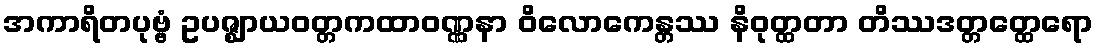
အကာရိတပုဗ္ဗံ ဥပဇ္ဈာယဝတ္တကထာဝဏ္ဏနာ ဝိလောကေန္တဿ နိဝုတ္ထတာ တိဿဒတ္တတ္ထေရော